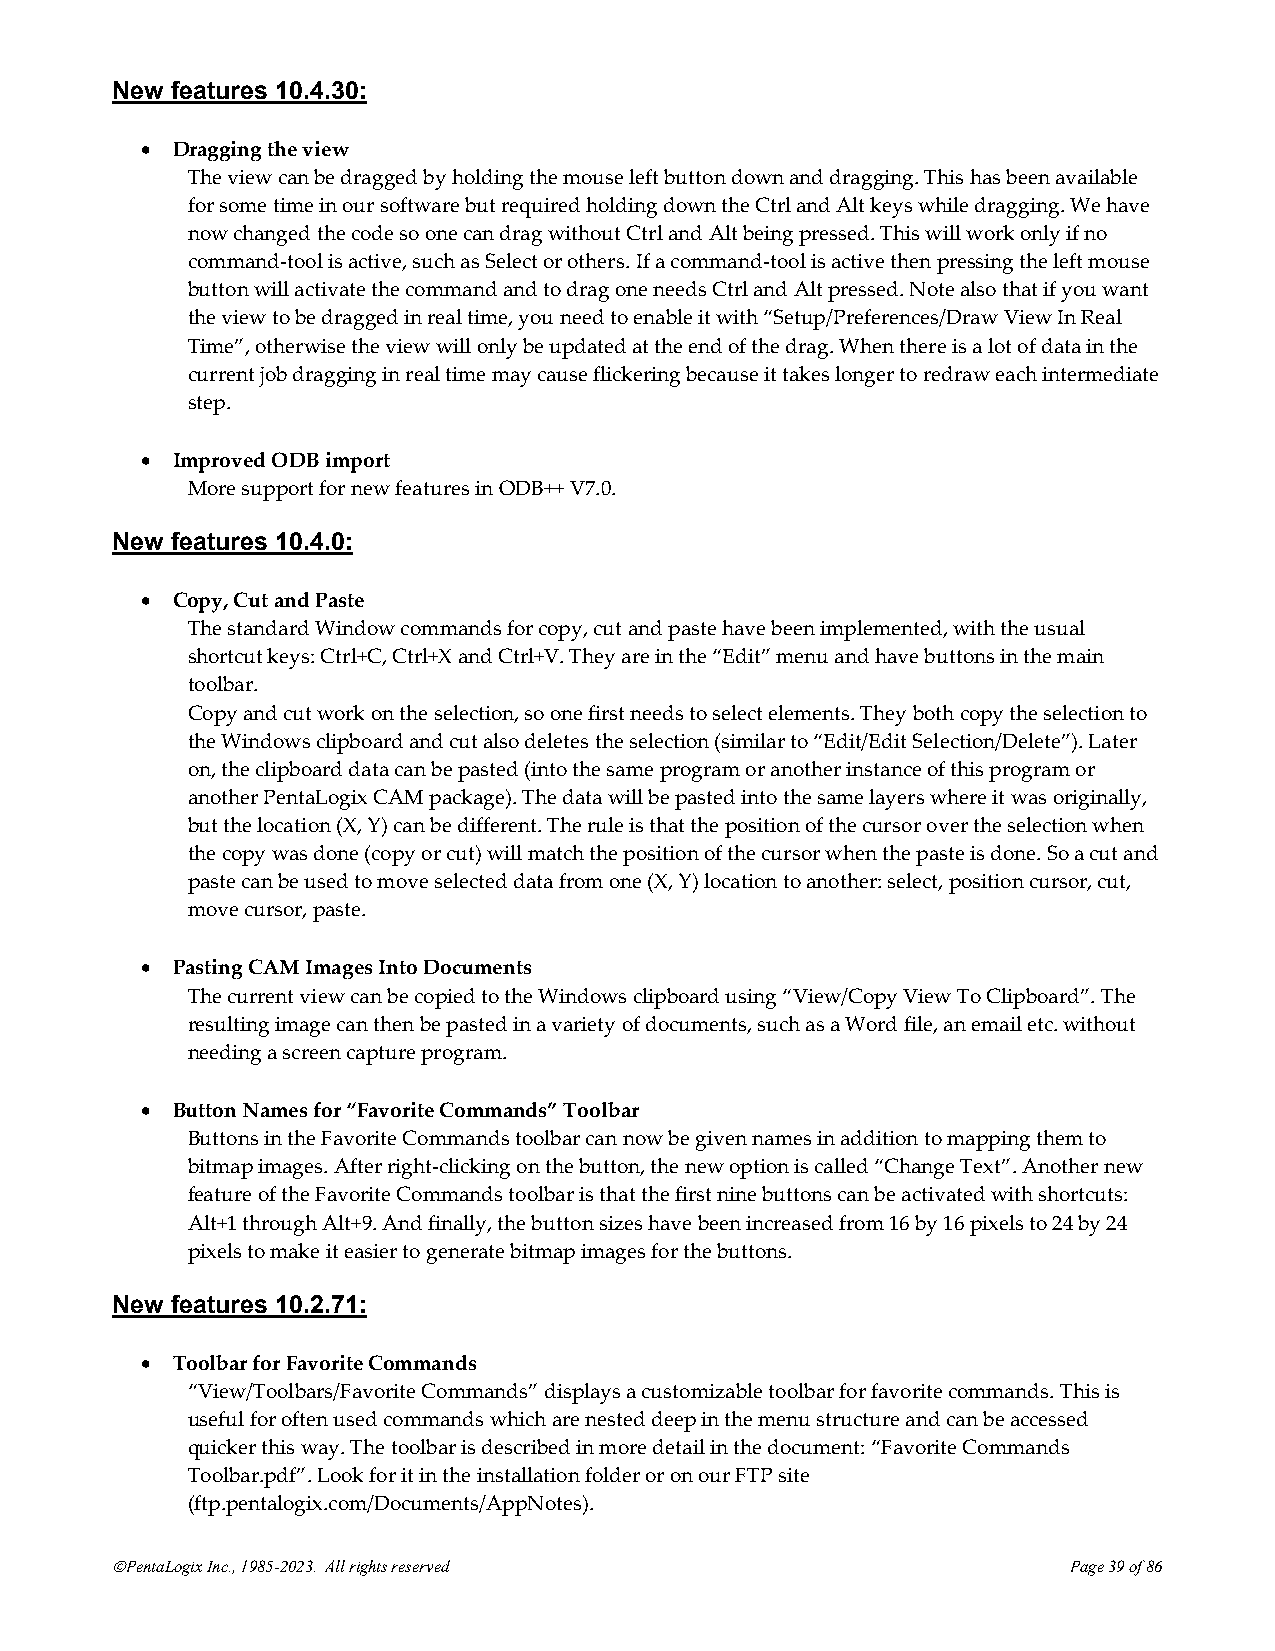
New features 10.4.30:
 • Dragging the view
 The view can be dragged by holding the mouse left button down and dragging. This has been available
 for some time in our software but required holding down the Ctrl and Alt keys while dragging. We have
 now changed the code so one can drag without Ctrl and Alt being pressed. This will work only if no
 command-tool is active, such as Select or others. If a command-tool is active then pressing the left mouse
 button will activate the command and to drag one needs Ctrl and Alt pressed. Note also that if you want
 the view to be dragged in real time, you need to enable it with “Setup/Preferences/Draw View In Real
 Time”, otherwise the view will only be updated at the end of the drag. When there is a lot of data in the
 current job dragging in real time may cause flickering because it takes longer to redraw each intermediate
 step.
 • Improved ODB import
 More support for new features in ODB++ V7.0.
 New features 10.4.0:
 • Copy, Cut and Paste
 The standard Window commands for copy, cut and paste have been implemented, with the usual
 shortcut keys: Ctrl+C, Ctrl+X and Ctrl+V. They are in the “Edit” menu and have buttons in the main
 toolbar.
 Copy and cut work on the selection, so one first needs to select elements. They both copy the selection to
 the Windows clipboard and cut also deletes the selection (similar to “Edit/Edit Selection/Delete”). Later
 on, the clipboard data can be pasted (into the same program or another instance of this program or
 another PentaLogix CAM package). The data will be pasted into the same layers where it was originally,
 but the location (X, Y) can be different. The rule is that the position of the cursor over the selection when
 the copy was done (copy or cut) will match the position of the cursor when the paste is done. So a cut and
 paste can be used to move selected data from one (X, Y) location to another: select, position cursor, cut,
 move cursor, paste.
 • Pasting CAM Images Into Documents
 The current view can be copied to the Windows clipboard using “View/Copy View To Clipboard”. The
 resulting image can then be pasted in a variety of documents, such as a Word file, an email etc. without
 needing a screen capture program.
 • Button Names for “Favorite Commands” Toolbar
 Buttons in the Favorite Commands toolbar can now be given names in addition to mapping them to
 bitmap images. After right-clicking on the button, the new option is called “Change Text”. Another new
 feature of the Favorite Commands toolbar is that the first nine buttons can be activated with shortcuts:
 Alt+1 through Alt+9. And finally, the button sizes have been increased from 16 by 16 pixels to 24 by 24
 pixels to make it easier to generate bitmap images for the buttons.
 New features 10.2.71:
 • Toolbar for Favorite Commands
 “View/Toolbars/Favorite Commands” displays a customizable toolbar for favorite commands. This is
 useful for often used commands which are nested deep in the menu structure and can be accessed
 quicker this way. The toolbar is described in more detail in the document: “Favorite Commands
 Toolbar.pdf”. Look for it in the installation folder or on our FTP site
 (ftp.pentalogix.com/Documents/AppNotes).
 ©PentaLogix Inc., 1985-2023. All rights reserved                Page 39 of 86